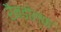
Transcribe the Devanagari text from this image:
रैनडोल्फ